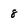
Character: 8